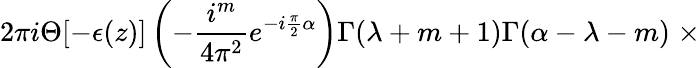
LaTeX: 2\pi i\Theta[-\epsilon(z)]\left(-\frac{i^{m}}{4{\pi}^{2}}e^{-i\frac{\pi}{2}\alpha}\right)\Gamma(\lambda+m+1)\Gamma(\alpha-\lambda-m)\; \times